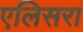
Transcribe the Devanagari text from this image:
एलिसरा